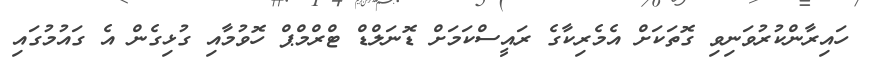
ހައިރާންކުރުވަނިވި ގޮތަކަށް އެމެރިކާގެ ރައީސްކަމަށް ޑޮނަލްޑް ޓްރްމްޕް ހޮވުމާއި ގުޅިގެން އެ ގައުމުގައި